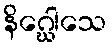
နိဂ္ဃေါသေ